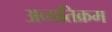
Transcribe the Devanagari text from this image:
अव्यतिक्रम